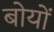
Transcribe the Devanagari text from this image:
बोयों